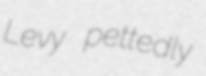
Levy pettedly